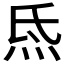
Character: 𤇡